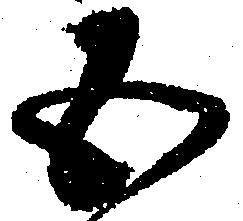
五